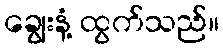
ချွေးနံ့ ထွက်သည်။